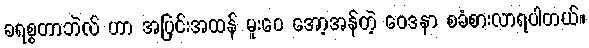
ခရစ္စတာဘဲလ် ဟာ အပြင်းအထန် မူးဝေ အော့အန်တဲ့ ဝေဒနာ စခံစားလာရပါတယ်။